system: You are a helpful assistant.
user:
Analyze the provided spectrum to determine if it is a **M-type Giant (gM)**.

A M-type Giant spectrum is defined by its **strong molecular absorption** features, particularly from **Titanium Oxide (TiO)**. You must check for one of the following mutually exclusive signatures:

- **Key Visual Indicators (Absorption-Dominated Spectrum):**

    - **(Primary):** The spectrum is dominated by strong molecular absorption from **Titanium Oxide (TiO)**. This is the **defining feature** of its M-type temperature class.
        - **(Key Bandheads):** Look for sharp, "saw-tooth" absorption valleys. The strongest are located near **~7050 Å**, **~6160 Å**, and **~5170 Å**.
        - **(Line Profile):** The "saw-tooth" morphology is critical: a **sharp, steep drop on the BLUE (short-wavelength) side** of the bandhead, followed by a gradual recovery (rising flux) towards the RED (long-wavelength) side.

    - **(Key Confirmation - Giant vs. Dwarf):** **ABSENCE** of strong **Calcium Hydride (CaH)** molecular bands. This is the primary diagnostic for *excluding* M-dwarfs.
        - **(Key Region):** The spectrum should lack the strong, broad absorption band seen in dwarfs between **~6800 Å and ~7000 Å**.

    - **(Secondary Confirmation - Giant):** A very strong and broad **Neutral Calcium (Ca I)** atomic absorption line.
        - **(Key Line):** Located at **~4226 Å**. In a giant (gM), this line is significantly deeper and broader than the same line in an M-dwarf (dM) due to low surface gravity.

    - **(Overall Spectrum):**
        - The continuum is **extremely red-sloping** (i.e., flux is very low in the blue and rises dramatically towards the red).
        - The entire spectrum appears "chopped up" by the deep TiO bands.

Think first, call **spectral_visualization_tool** if needed to examine features in detail, then provide your final answer. Your response must adhere to the following strict rules:
1.  **Overall Structure:** Your response must follow the format `<think>...</think> <tool_call>...</tool_call> (if a tool is used) <answer>...</answer>`.
2.  **Tool Usage Constraint:** You may only make **one** tool call per turn.
3.  **Final Answer Format:** In the `<answer>` tag, your conclusion must be inside a `\boxed{}` command (e.g., `\boxed{YES}` or `\boxed{NO}`), followed by your justification.

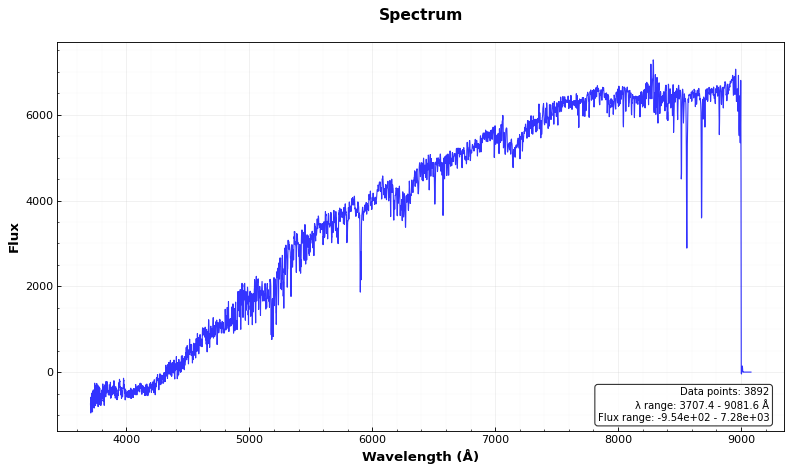
Answer: YES